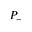
P _ { - }